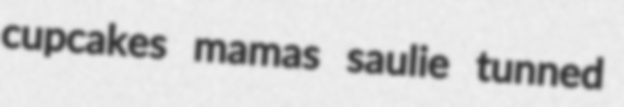
cupcakes mamas saulie tunned